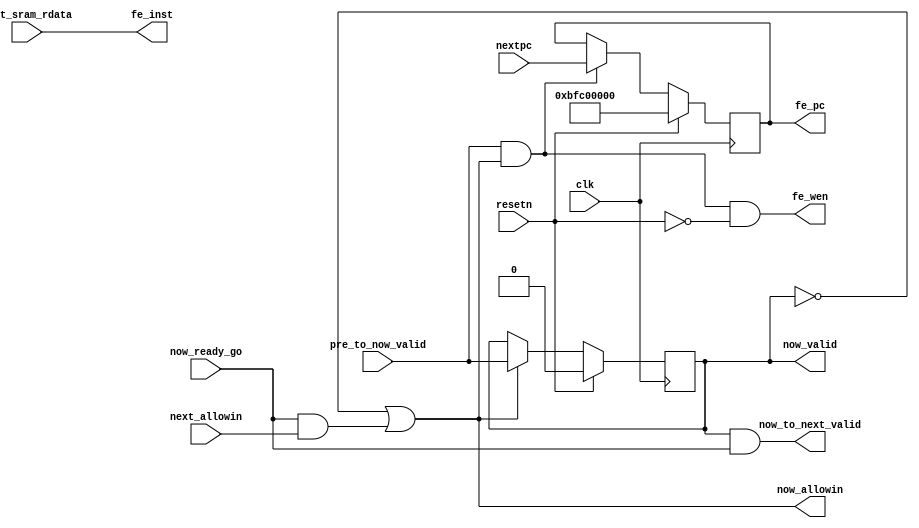
/*------------------------------------------------------------------------------
--------------------------------------------------------------------------------
Copyright (c) 2016, Loongson Technology Corporation Limited.

All rights reserved.

Redistribution and use in source and binary forms, with or without modification,
are permitted provided that the following conditions are met:

1. Redistributions of source code must retain the above copyright notice, this 
list of conditions and the following disclaimer.

2. Redistributions in binary form must reproduce the above copyright notice, 
this list of conditions and the following disclaimer in the documentation and/or
other materials provided with the distribution.

3. Neither the name of Loongson Technology Corporation Limited nor the names of 
its contributors may be used to endorse or promote products derived from this 
software without specific prior written permission.

THIS SOFTWARE IS PROVIDED BY THE COPYRIGHT HOLDERS AND CONTRIBUTORS "AS IS" AND 
ANY EXPRESS OR IMPLIED WARRANTIES, INCLUDING, BUT NOT LIMITED TO, THE IMPLIED 
WARRANTIES OF MERCHANTABILITY AND FITNESS FOR A PARTICULAR PURPOSE ARE 
DISCLAIMED. IN NO EVENT SHALL LOONGSON TECHNOLOGY CORPORATION LIMITED BE LIABLE
TO ANY PARTY FOR DIRECT, INDIRECT, INCIDENTAL, SPECIAL, EXEMPLARY, OR 
CONSEQUENTIAL DAMAGES (INCLUDING, BUT NOT LIMITED TO, PROCUREMENT OF SUBSTITUTE 
GOODS OR SERVICES; LOSS OF USE, DATA, OR PROFITS; OR BUSINESS INTERRUPTION) 
HOWEVER CAUSED AND ON ANY THEORY OF LIABILITY, WHETHER IN CONTRACT, STRICT 
LIABILITY, OR TORT (INCLUDING NEGLIGENCE OR OTHERWISE) ARISING IN ANY WAY OUT OF
THE USE OF THIS SOFTWARE, EVEN IF ADVISED OF THE POSSIBILITY OF SUCH DAMAGE.
--------------------------------------------------------------------------------
------------------------------------------------------------------------------*/


module fetch_stage(
    input  wire        clk,
    input  wire        resetn,

    input  wire [31:0] nextpc,

    input  wire [31:0] inst_sram_rdata,

    output reg  [31:0] fe_pc,           //fetch_stage pc
    output wire        fe_wen,
    output wire [31:0] fe_inst,          //instr code sent from fetch_stage

    input  wire        next_allowin,
    output wire        now_allowin,
    input  wire        pre_to_now_valid,
    output wire        now_to_next_valid,
    output reg         now_valid,
    input  wire        now_ready_go        
);
//pipe_line
assign now_allowin = !now_valid || now_ready_go && next_allowin;
assign now_to_next_valid = now_valid && now_ready_go;
    
assign fe_inst = inst_sram_rdata;
assign fe_wen  = pre_to_now_valid && now_allowin && !resetn;

always @(posedge clk)
begin
    if (resetn) begin
        fe_pc <= 32'hbfc0_0000;
    end
    else if (pre_to_now_valid && now_allowin) begin 
        fe_pc <= nextpc;	
    end
end


always @(posedge clk)
begin
    if (resetn) begin
        now_valid <= 0;
    end
    else if (now_allowin) begin 
        now_valid <= pre_to_now_valid;
    end
end

endmodule //fetch_stage